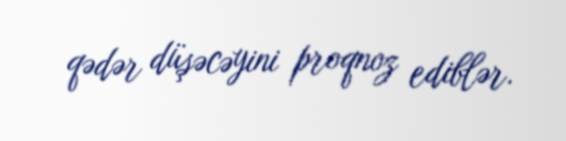
qədər düşəcəyini proqnoz ediblər.